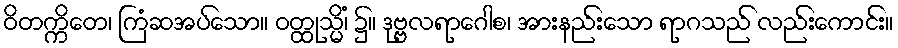
ဝိတက္ကိတေ၊ ကြံဆအပ်သော။ ဝတ္ထုသ္မိံ၊ ၌။ ဒုဗ္ဗလရာဂေါစ၊ အားနည်းသော ရာဂသည် လည်းကောင်း။